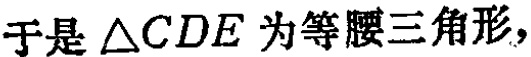
于是 \(\triangle CDE\) 为等腰三角形，